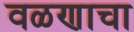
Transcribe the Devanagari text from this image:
वळणाचा